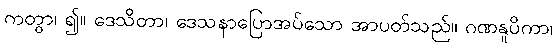
ကတွာ၊ ၍။ ဒေသိတာ၊ ဒေသနာပြောအပ်သော အာပတ်သည်။ ဂဏနူပိကာ၊